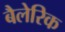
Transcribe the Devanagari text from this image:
बैलेरिक